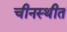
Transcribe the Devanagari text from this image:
चीनस्थीत